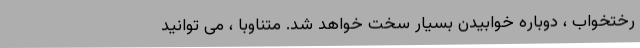
رختخواب ، دوباره خوابیدن بسیار سخت خواهد شد. متناوباً ، می توانید